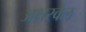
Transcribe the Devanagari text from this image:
अक्षरवेल